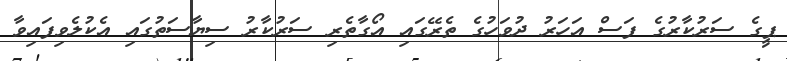
ޕީގެ ސަރުކާރުގެ ފަސް އަހަރު ދުވަހުގެ ތެރޭގައި އޯގާތެރި ސަރުކާރު ސިޔާސަތުގައި އެކުލެވިފައިވާ